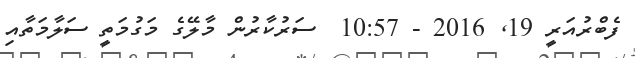
ފެބްރުއަރީ 19